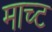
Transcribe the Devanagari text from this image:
माच्ट